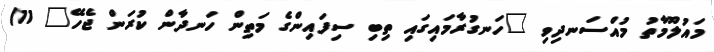
މައުލޫމާތު މުއްސަނދިވި "ހަނގުރާމައިގައި ތިބި ސިފައިންގެ މަތިން ހަނދާން ކުރަން ޖެހޭ" 11/